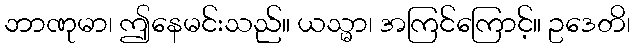
ဘာဏုမာ၊ ဤနေမင်းသည်။ ယသ္မာ၊ အကြင်ကြောင့်။ ဥဒေတိ၊